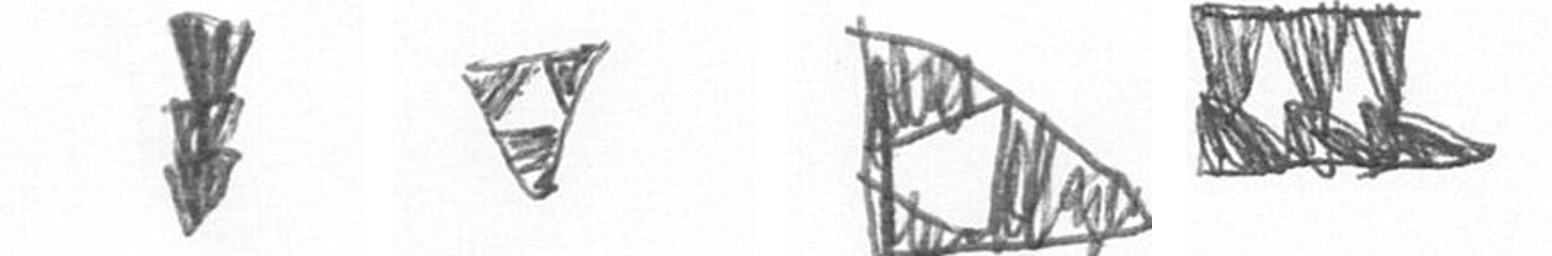
E S K D